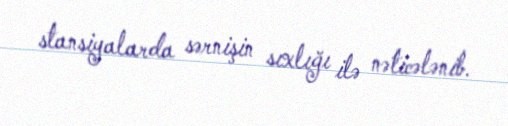
stansiyalarda sərnişin sıxlığı ilə nəticələnib.